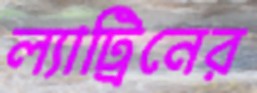
ল্যাট্রিনের